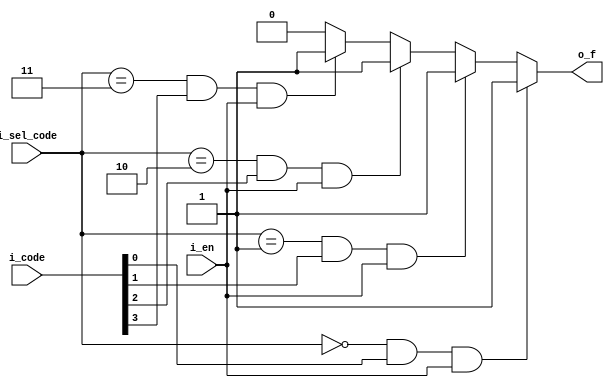
// -- python C:\Users\Brandon\Documents\Personal_Projects\my_utils\modelsim_utils\auto_run.py -d run_cmd__MUX_4_1_2_bit_v.do



//  Behavior Model
module MUX_4_1_v
  (
  input        i_en,
  input  [3:0] i_code,
  input  [1:0] i_sel_code, 
  output       o_f);
  

  assign o_f = i_sel_code == 2'b00 & i_code[0] & i_en ? 1 :
               i_sel_code == 2'b01 & i_code[1] & i_en ? 1 :
               i_sel_code == 2'b10 & i_code[2] & i_en ? 1 :
               i_sel_code == 2'b11 & i_code[3] & i_en ? 1 : 0;
  
endmodule